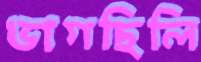
ভাগছিলি